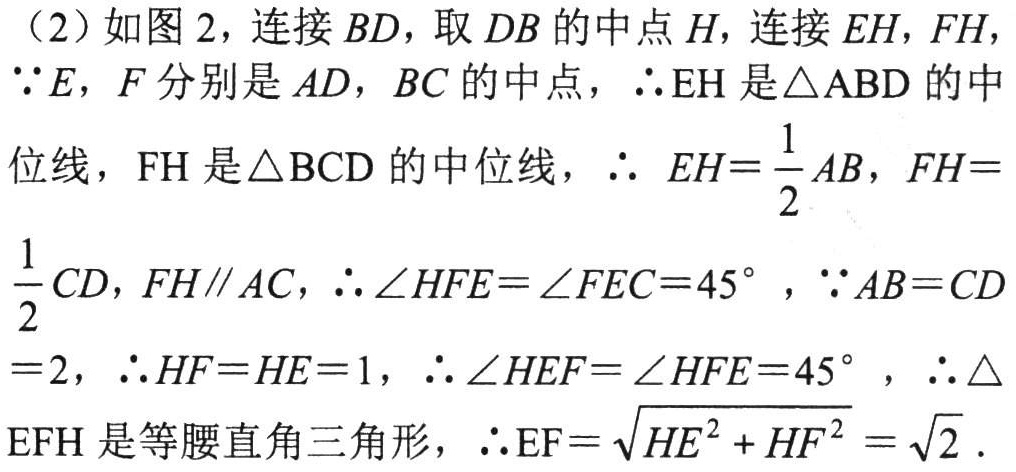
（2）如图 2，连接 \(BD\)，取 \(DB\) 的中点 \(H\)，连接 \(EH\)，\(FH\)，

\(\because E\)，\(F\) 分别是 \(AD\)，\(BC\) 的中点，\(\therefore EH\) 是 \(\triangle ABD\) 的中

位线，\(FH\) 是 \(\triangle BCD\) 的中位线，\(\therefore EH = \frac{1}{2}AB\)，\(FH = \)

\(\frac{1}{2}CD\)，\(FH\parallel AC\)，\(\therefore \angle HFE=\angle FEC = 45^{\circ}\)，\(\because AB = CD\)

\(= 2\)，\(\therefore HF = HE = 1\)，\(\therefore \angle HEF=\angle HFE = 45^{\circ}\) ，\(\therefore \triangle\)

\(EFH\) 是等腰直角三角形，\(\therefore EF=\sqrt{HE^{2}+HF^{2}}=\sqrt{2}\) .